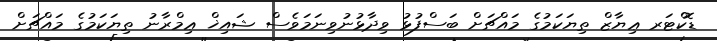
ޑޮކްޓަރ ޢިޔާޒް ތިޔަކަމުގެ މައްޗަށް ބަސްފުޅު ވިދާޅުނުވިނަމަވެސް ޝައިޚް ޢިމްރާނު ތިޔަކަމުގެ މައްޗަށް